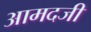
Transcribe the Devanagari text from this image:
आमदजी